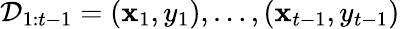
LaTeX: \mathcal{D}_{1:t-1}=\left(\mathbf{x}_{1},y_{1}\right),\ldots,\left(\mathbf{x}_{t-1},y_{t-1}\right)